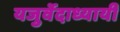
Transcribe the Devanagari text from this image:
यजुर्वेदाध्यायी